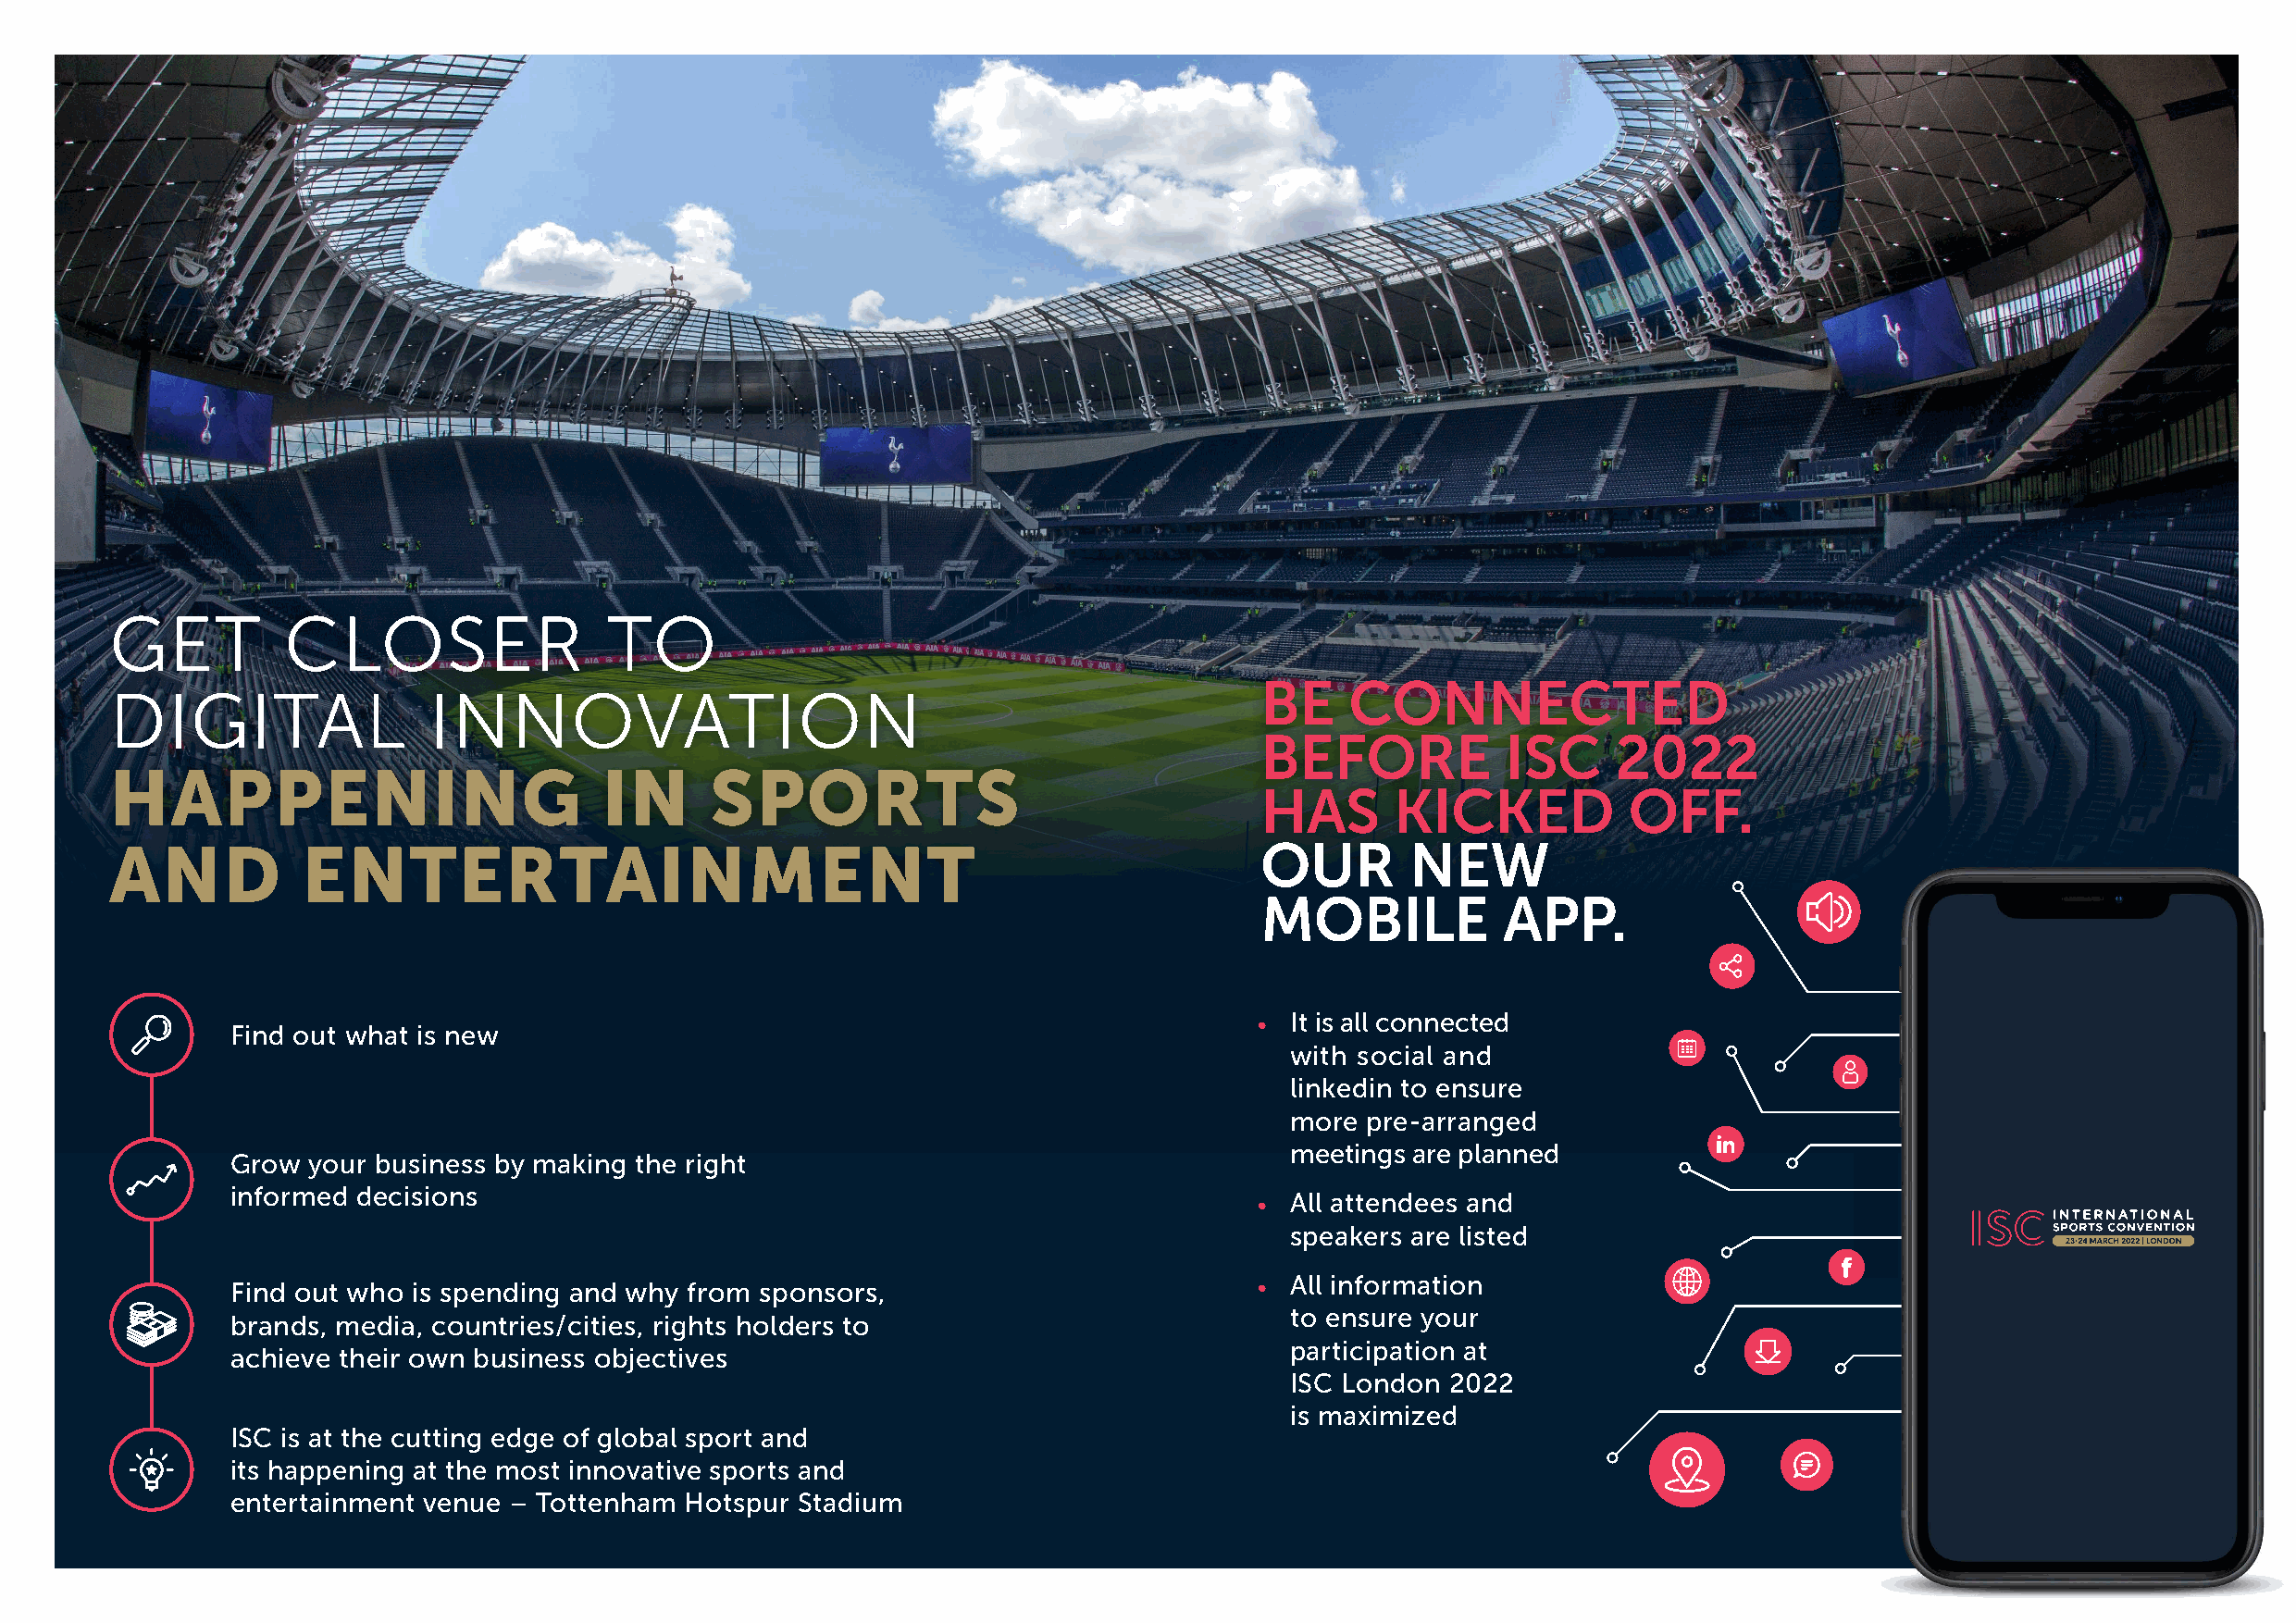
GET         CLOSER                 TO
 BE    CONNECTED
 DIGITAL                INNOVATION
 BEFORE            ISC     2022
 HAPPENING                          IN      SPORTS
 HAS       KICKED          OFF.
 AND           ENTERTAINMENT                                                       OUR        NEW
 MOBILE            APP.
 • It is all connected
 Find out what is new
 with social and
 linkedin to ensure
 more  pre-arranged
 meetings are planned
 Grow  your business by making the right
 informed  decisions
 • All attendees and
 speakers are listed
 Find out who is spending and why from sponsors,                           • All information
 to ensure your
 brands, media, countries/cities, rights holders to
 participation at
 achieve their own business objectives
 ISC London  2022
 is maximized
 ISC is at the cutting edge of global sport and
 its happening at the most innovative sports and
 entertainment venue – Tottenham  Hotspur Stadium